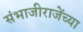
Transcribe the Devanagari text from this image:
संभाजीराजेंच्या